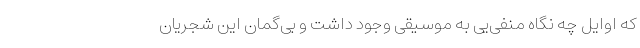
که اوایل چه نگاه منفی‌یی به موسیقی وجود داشت و بی‌گمان این شجریان